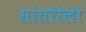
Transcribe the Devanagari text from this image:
सांतोरेलो